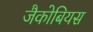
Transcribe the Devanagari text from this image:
जैकोबियस